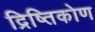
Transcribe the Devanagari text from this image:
द्रिष्तिकोण